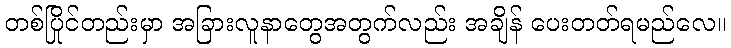
တစ်ပြိုင်တည်းမှာ အခြားလူနာတွေအတွက်လည်း အချိန် ပေးတတ်ရမည်လေ။